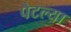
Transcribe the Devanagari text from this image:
पेटल्या